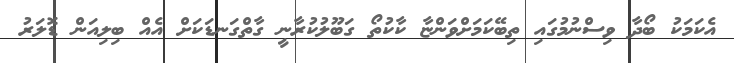
އެކަމަކު ބޯދާ ވިސްނުމުގައި ތިބޭކަމަށްވަންޏާ ކާކުތޯ ގަބޫލުކުރާނީ ގާތްގަނޑަކަށް އެއް ބިލިއަން ޑޮލަރު